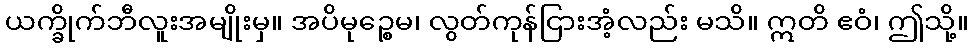
ယက္ခိုက်ဘီလူးအမျိုးမှ။ အပိမုဉ္စေမ၊ လွတ်ကုန်ငြားအံ့လည်း မသိ။ ဣတိ ဧဝံ၊ ဤသို့။